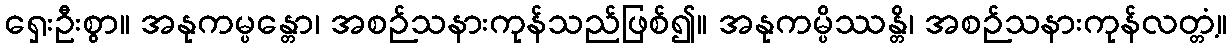
ရှေးဦးစွာ။ အနုကမ္ပန္တော၊ အစဉ်သနားကုန်သည်ဖြစ်၍။ အနုကမ္ပိဿန္တိ၊ အစဉ်သနားကုန်လတ္တံ့။